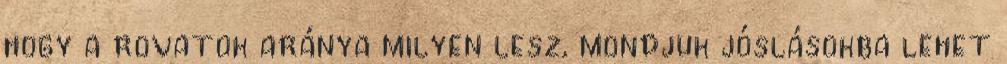
hogy a rovatok aránya milyen lesz, mondjuk jóslásokba lehet